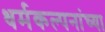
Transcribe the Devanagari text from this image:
धर्मकल्पनांच्या